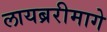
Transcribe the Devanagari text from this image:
लायब्ररीमागे